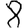
Digit: 8